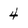
Character: 4